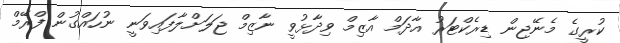
ކުރީގެ މެނޭޖިން ޑިރެކްޓަރު އާދަމް އާޒިމް ވިދާޅުވީ ނާޒިމް ޖަލަށްލާފައިވަނީ ނުހައްގުން ފްރޭމް